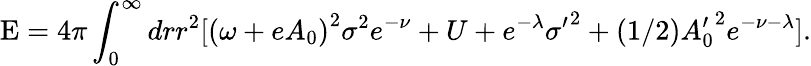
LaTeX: \textrm{E}=4\pi\int_{0}^{\infty}drr^{2}[{(\omega+eA_{0})}^{2}{\sigma}^{2}e^{-\nu}+U+e^{-\lambda}{\sigma^{\prime}}^{2}+(1/2){A_{0}^{\prime}}^{2}e^{-\nu-\lambda}].